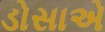
ડોસાએ